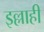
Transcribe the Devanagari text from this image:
इल्लाही